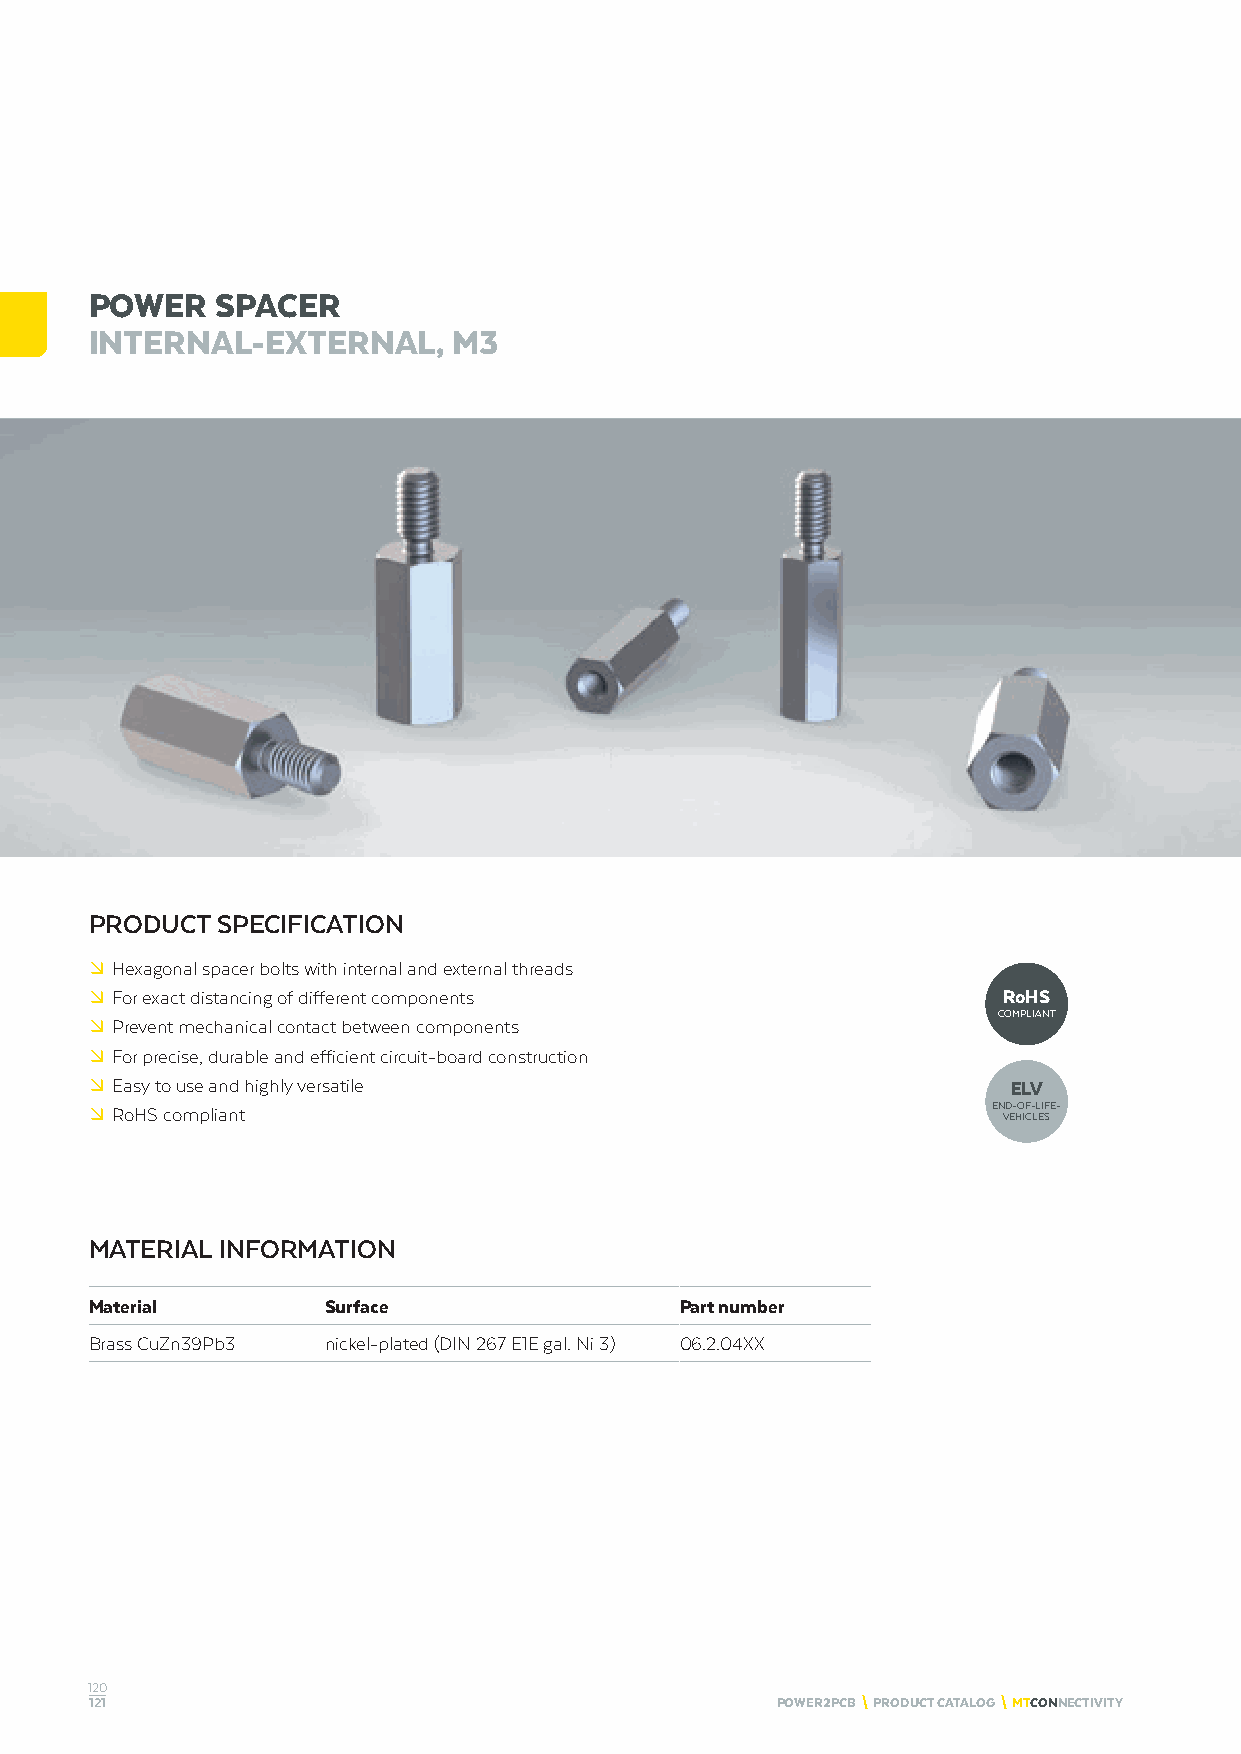
POWER   SPACER
 INTERNAL-EXTERNAL,      M3
 PRODUCT SPECIFICATION
 º Hexagonal spacer bolts with internal and external threads
 º For exact distancing of different components              RoHS
 COMPLIANT
 º Prevent mechanical contact between components
 º For precise, durable and efficient circuit-board construction
 º Easy to use and highly versatile                           ELV
 º RoHS compliant                                            END-OF-LIFE-
 VEHICLES
 MATERIAL INFORMATION
 Material        Surface                Part number
 Brass CuZn39Pb3 nickel-plated (DIN 267 E1E gal. Ni 3) 06.2.04XX
 120
 121                                          POWER2PCB \ PRODUCT CATALOG \ MTCONNECTIVITY